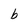
Character: b